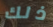
ذلك